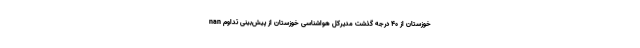
nan خوزستان از ۴۰ درجه گذشت مدیرکل هواشناسی خوزستان از پیش‌بینی تداوم